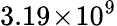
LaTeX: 3.19\! \times\! 10^{9}